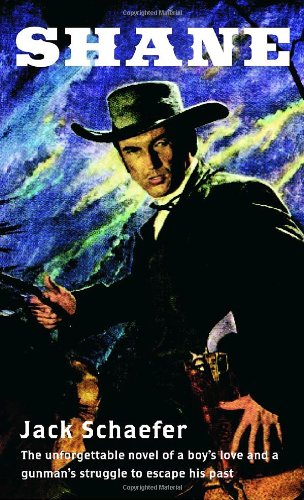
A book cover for Shane; Jack Schaefer; Teen & Young Adult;